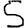
Digit: 5